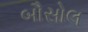
બૌસોલ